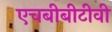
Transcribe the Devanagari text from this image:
एचबीबीटीवी